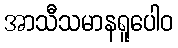
အာသီသမာနရူပေါဝ